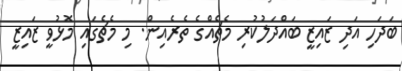
ބަދަހި އަދި ޒައިޒީ ބައްދަލުކުރި މެޗެއްގެ ތެރެއިން. މި މެޗެގައި މޮޅުވީ ޒައިޒީ